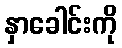
နှာခေါင်းကို